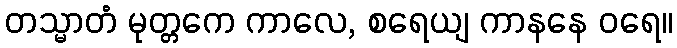
တသ္မာတံ မုတ္တကေ ကာလေ, စရေယျ ကာနနေ ဝရေ။